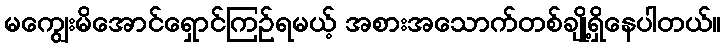
မကျွေးမိအောင်ရှောင်ကြဉ်ရမယ့် အစားအသောက်တစ်ချို့ရှိနေပါတယ်။